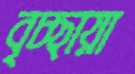
বৃচ্ছায়া